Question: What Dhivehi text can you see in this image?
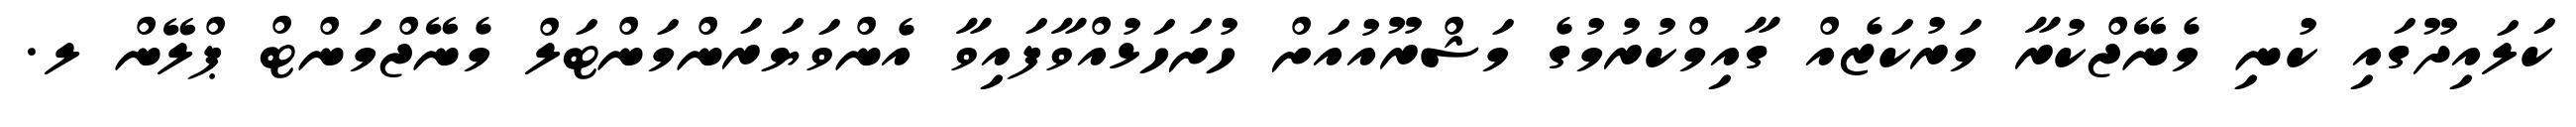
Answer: ކަލައިދޫގައި ކުނި މެނޭޖްކުރާ މަރުކަޒެއް ގާއިމްކުރުމުގެ މަޝްރޫއުއަށް ހުށަހަޅުއްވާފައިވާ އެންވަޔަރަންމަންޓަލް މެނޭޖްމަންޓް ޕްލޭން ލ.